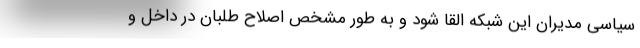
سیاسی مدیران این شبکه القا شود و به طور مشخص اصلاح طلبان در داخل و